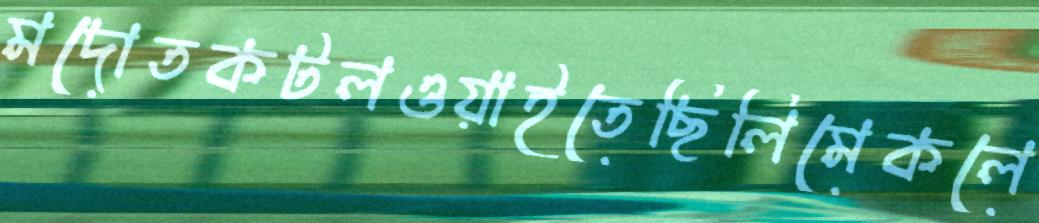
মদোতকটলওয়াইতেছিলিমেকলে